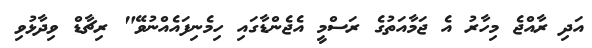
އަދި ރާއްޖެ މިހާރު އެ ޖަމާއަތުގެ ރަސްމީ އެޖެންޑާގައި ހިމެނިފައެއްނުވޭ" ރިޗާޑް ވިދާޅުވި